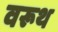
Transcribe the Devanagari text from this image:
वरूथ